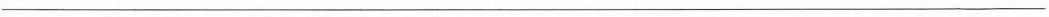
___